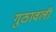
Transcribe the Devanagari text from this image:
गुठावली